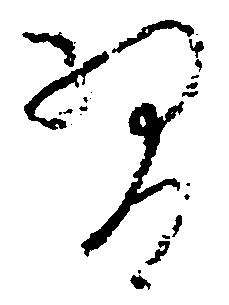
習